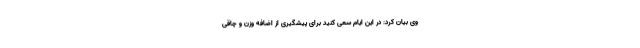
وی بیان کرد: در این ایام سعی کنید برای پیشگیری از اضافه وزن و چاقی